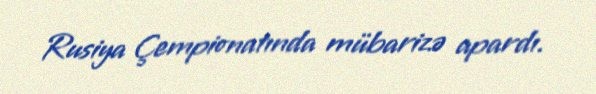
Rusiya Çempionatında mübarizə apardı.